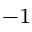
^ { - 1 }